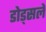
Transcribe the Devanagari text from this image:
डोड्सले